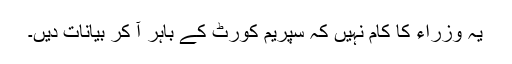
یہ وزراء کا کام نہیں کہ سپریم کورٹ کے باہر آ کر بیانات دیں۔